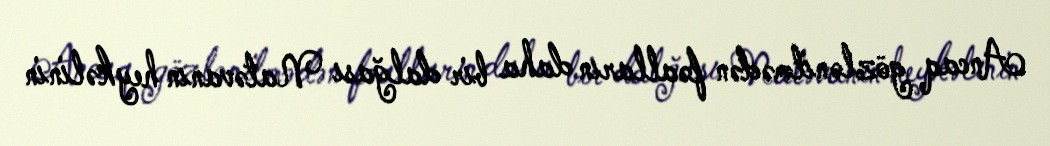
Ancaq gözlənilmədən fəalların daha bir dalğası Natəvanın heykəlinin